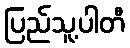
ပြည်သူ့ပါတီ